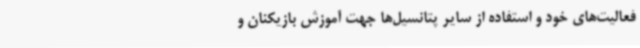
فعالیت‌های خود و استفاده از سایر پتانسیل‌ها جهت آموزش بازیکنان و